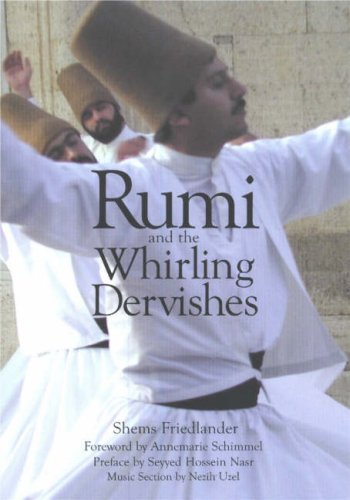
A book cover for Rumi and the Whirling Dervishes; Shems Friedlander; Religion & Spirituality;